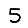
Digit: 5